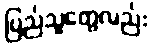
ပြည်သူတွေလည်း